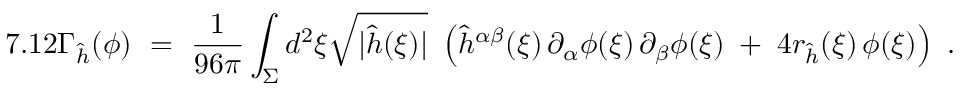
7 . 1 2 \Gamma _ { \hat { h } } ( \phi ) \ = \ \frac { 1 } { 9 6 \pi } \int _ { \Sigma } d ^ { 2 } \xi \sqrt { | \hat { h } ( \xi ) | } \ \left( \hat { h } ^ { \alpha \beta } ( \xi ) \, \partial _ { \alpha } \phi ( \xi ) \, \partial _ { \beta } \phi ( \xi ) \; + \; 4 r _ { \hat { h } } ( \xi ) \, \phi ( \xi ) \right) \ .